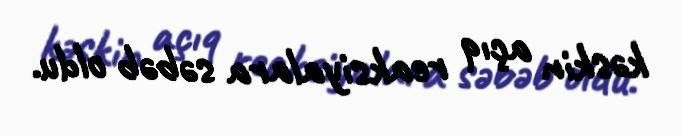
kəskin açıq reaksiyalara səbəb oldu.